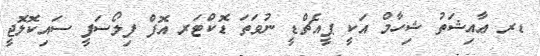
ޑރ ޢާއިޝަތު ޝިހާމް އަކީ ޕީއެޗްޑީ ނުވަތަ ޑޮކްޓަރ އޮފް ފިލޯސަފީ ސައިކޮލޮޖީ